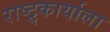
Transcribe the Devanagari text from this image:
राष्ट्र्कार्याला